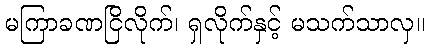
မကြာခဏငြိလိုက်၊ ရှလိုက်နှင့် မသက်သာလှ။